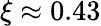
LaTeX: \xi\approx 0.43